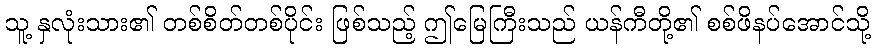
သူ့ နှလုံးသား၏ တစ်စိတ်တစ်ပိုင်း ဖြစ်သည့် ဤမြေကြီးသည် ယန်ကီတို့၏ စစ်ဖိနပ်အောင်သို့